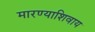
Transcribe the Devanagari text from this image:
मारण्याशिवाय